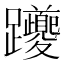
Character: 躨